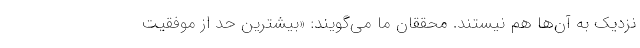
نزدیک به آن‌ها هم نیستند. محققان ما می‌گویند: «بیشترین حد از موفقیت